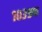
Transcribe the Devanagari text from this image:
१०३९फ